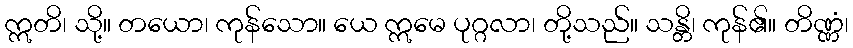
ဣတိ၊ သို့။ တယော၊ ကုန်သော။ ယေ ဣမေ ပုဂ္ဂလာ၊ တို့သည်။ သန္တိ၊ ကုန်၏။ တိဏ္ဏံ၊